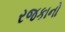
રજકાનો